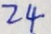
2 4